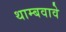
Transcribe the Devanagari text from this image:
थाम्बवावे